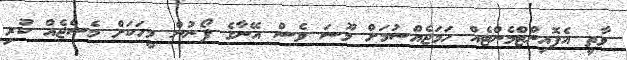
ވާތީ އެޕޮއިންޓްމެންޓެއް ހަމަޖެއްސުމަށް މޫސަ ވެސް އޭނާގެ ފޯނުން މީހަކަށް މެސެޖެއް ކުރި